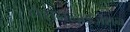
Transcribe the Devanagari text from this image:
नैशनलाइज़ेशन